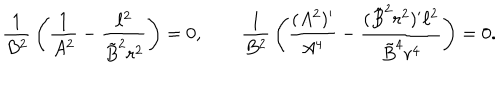
LaTeX: { \frac { 1 } { B ^ { 2 } } } \left( { \frac { 1 } { A ^ { 2 } } } - { \frac { \ell ^ { 2 } } { \tilde { B } ^ { 2 } r ^ { 2 } } } \right) = 0 , \qquad { \frac { 1 } { B ^ { 2 } } } \left( { \frac { ( A ^ { 2 } ) ^ { \prime } } { A ^ { 4 } } } - { \frac { ( \tilde { B } ^ { 2 } r ^ { 2 } ) ^ { \prime } \ell ^ { 2 } } { \tilde { B } ^ { 4 } r ^ { 4 } } } \right) = 0 .